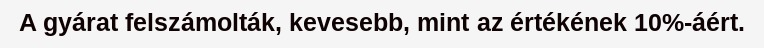
A gyárat felszámolták, kevesebb, mint az értékének 10%-áért.